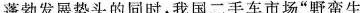
现蓬勃发展势头的同时，我国二手车市场”野蛮生